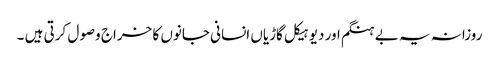
روزانہ یہ بے ہنگم اور دیوہیکل گاڑیاں انسانی جانوں کا خراج وصول کرتی ہیں ۔